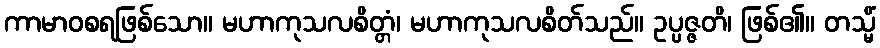
ကာမာဝစရဖြစ်သော။ မဟာကုသလစိတ္တံ၊ မဟာကုသလစိတ်သည်။ ဥပ္ပဇ္ဇတိ၊ ဖြစ်၏။ တသ္မိံ